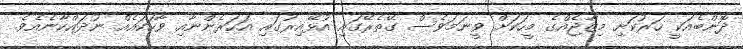
ދޮންބެއަކީ ހަރުކަށި މިޒާޖެއްގެ މީހަކަށް ވީނަމަވެސް ގޭތެރޭގައި އުޅޭއިރުގައި އަހަރެންނާއި ވާހަކައެއް ނުދައްކާނެއެވެ.